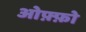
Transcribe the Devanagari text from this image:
ओफ़्फ़ो